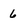
Character: 6